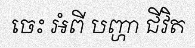
ចេះ អំពី បញ្ហា ជីវិត